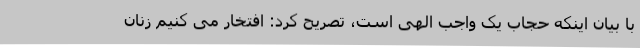
با بیان اینکه حجاب یک واجب الهی است، تصریح کرد: افتخار می کنیم زنان